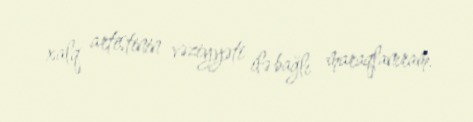
xalq artistinin vəziyyəti ilə bağlı maraqlanıram.